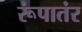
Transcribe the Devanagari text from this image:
रूंपातंर